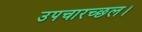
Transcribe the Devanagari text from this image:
उपचारच्छल।